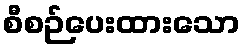
စီစဉ်ပေးထားသော